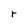
Character: r